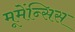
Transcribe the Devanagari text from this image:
मूमेंन्सिस